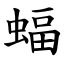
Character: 蝠